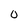
Character: 0